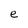
Character: e